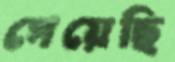
গেয়েছি